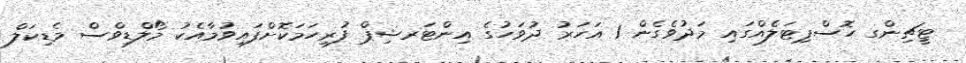
ޓީޗިންގ ހޮސްޕިޓަލެއްގައި މަދުވެގެން 1 އަހަރު ދުވަހުގެ އިންޓަރޝިޕް ފުރިހަމަކޮށްފައިވުމާއެކު މޯލްޑިވްސް މެޑިކަލް